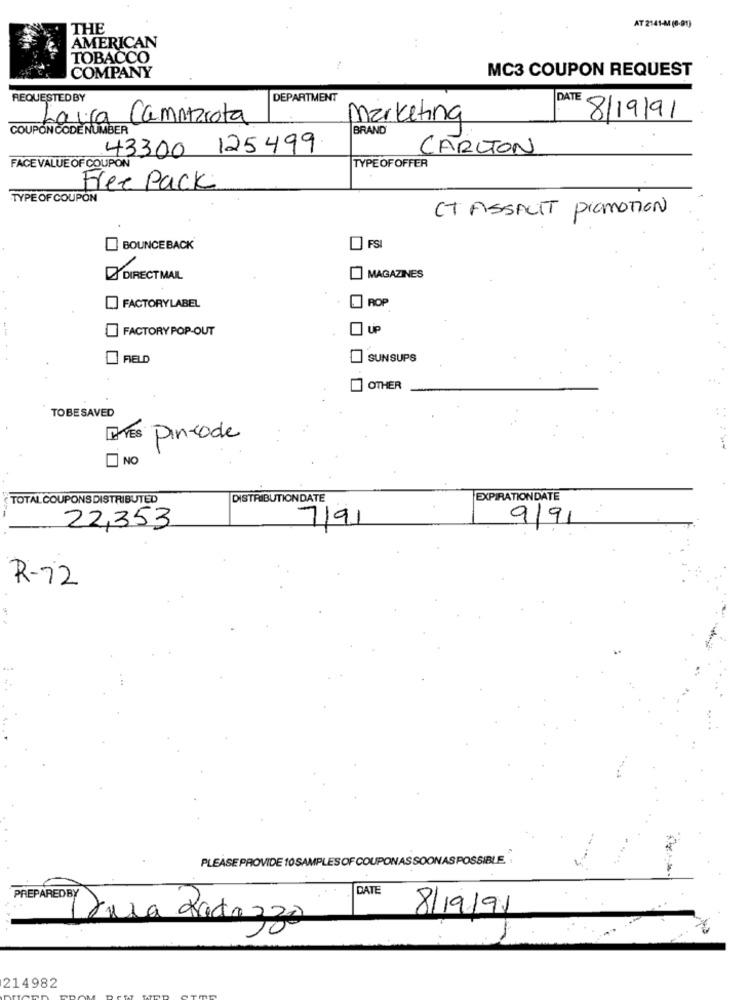
AT 2141-44 (0-91)
THE
AMERICAN
TOBACCO
COMPANY
MC3 COUPON REQUEST
REQUESTEDBY
DEPARTMENT
DATE
Laura
Camitzrota
Marketing
8/19/91
COUPON CODE NUMBER
BRAND
43300 125499
CARLTON
TYPEOFOFFER
FACE VALUE OF COUPON
Free Pack
TYPE OF COUPON
CT ASSALIT PROMOTION
BOUNCEBACK
FSI
DIRECT MAIL
MAGAZINES
FACTORYLABEL
ROP
FACTORY POP-OUT
FIELD
SUNSUPS
OTHER
TOBESAVED
Pincode
NO
TOTAL COUPONS DISTRIBUTED
DISTRIBUTIONDATE
EXPIRATIONDATE
22,353
7/91
9/91
R-72
PLEASE PROVIDE 10SAMPLES OF COUPONAS SOONAS POSSIBLE.
DATE
8/19/91
Dura Radazzo
214982